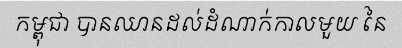
កម្ពុជា បានឈានដល់ដំណាក់កាលមួយ នៃ